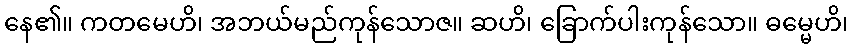
နေ၏။ ကတမေဟိ၊ အဘယ်မည်ကုန်သောဇ။ ဆဟိ၊ ခြောက်ပါးကုန်သော။ ဓမ္မေဟိ၊